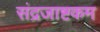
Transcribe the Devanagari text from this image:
संद्रजाष्टकम